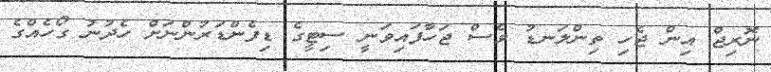
ނޮރިޖް އިން ޖެހި ތިންލަނޑު ވެސް ޖަހާފައިވަނީ ސިޓީގެ ޑިފެންޑަރުންނަށް ހެދުނު ގޯހެއްގެ